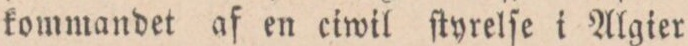
kommandet af en ciwil ſtyrelſe i Algier